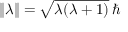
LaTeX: \Vert { \boldsymbol { \lambda } } \Vert = { \sqrt { \lambda ( \lambda + 1 ) } } \, \hbar